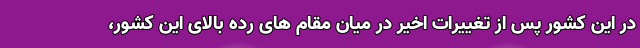
در این کشور پس از تغییرات اخیر در میان مقام های رده بالای این کشور،